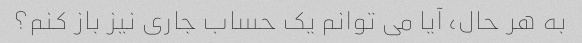
به هر حال، آیا می توانم یک حساب جاری نیز باز کنم؟